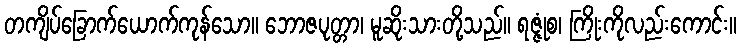
တကျိပ်ခြောက်ယောက်ကုန်သော။ ဘောဇပုတ္တာ၊ မူဆိုးသားတို့သည်။ ရဇ္ဇုံစ၊ ကြိုးကိုလည်းကောင်း။